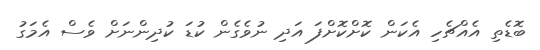
ބޮޑެތި އެއްޗެހި އެކަން ކޮށްކޮށްފަ އަދި ނުވެގެން ކުޑަ ކުދިންނަށް ވެސް އެމަގު